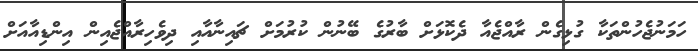
ހަމަނުޖެހުންތަކާ ގުޅިގެން ރާއްޖެއާ ދެކޮޅަށް ބާރުގެ ބޭނުން ކުރުމަށް ޗައިނާއާއި ދިވެހިރާއްޖެއިން އިންޑިއާއަށް